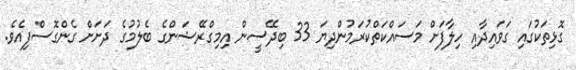
ގޮޅިތަކުގައި ގަވައިދާއި ހިލާފަށް މަސައްކަތްކުރަމުންދިޔަ 33 ބިދޭސީން އިމިގްރޭޝަންގެ ބެލުމުގެ ދަށަށް ގެންގޮސްފިއެވެ.